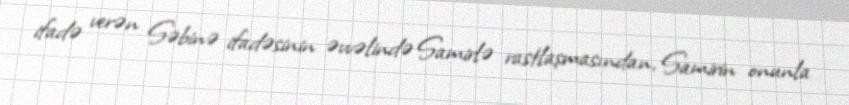
ifadə verən Səbinə ifadəsinin əvvəlində Samirlə rastlaşmasından, Samirin onunla